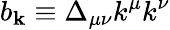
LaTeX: b_{\mathbf{k}}\equiv\Delta_{\mu\nu}k^{\mu}k^{\nu}